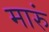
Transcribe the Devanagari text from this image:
मारुं